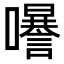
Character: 𡄗